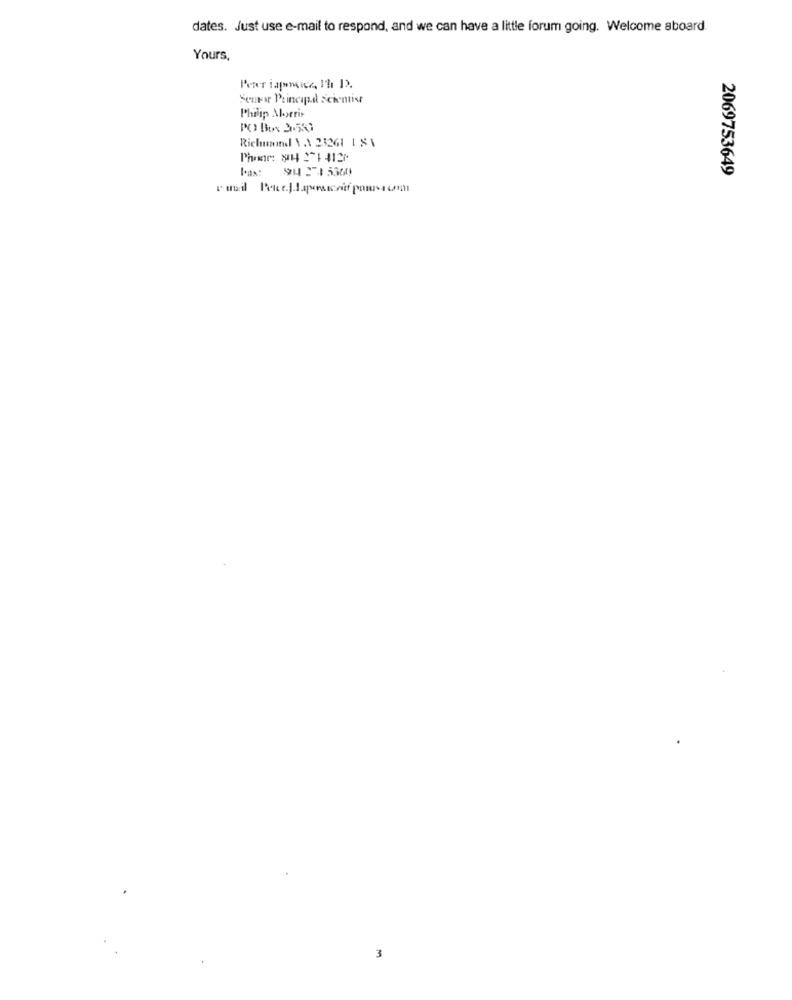
dates. Just use e-mail to respond, and we can have a little forum going. Welcome aboard
Yours,
Peter injuries 1h 1.
Semper Principad Scientist
Philip Morris
RichmondI \ \ 23261 1 8\
Phone: 81 2-1 4120
Fax: 91 274 5360
2069753649
3